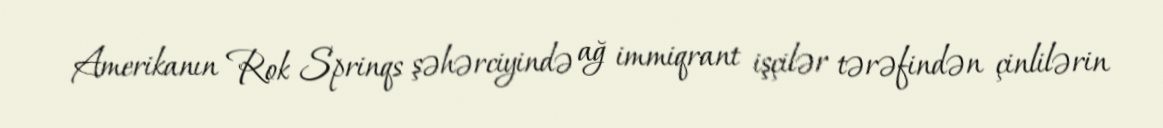
Amerikanın Rok Sprinqs şəhərciyində ağ immiqrant işçilər tərəfindən çinlilərin